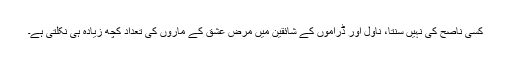
کسی ناصح کی نہیں سنتا، ناول اور ڈراموں کے شائقین میں مرض عشق کے ماروں کی تعداد کچھ زیادہ ہی نکلتی ہے۔